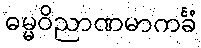
ဓမ္မဝိညာဏမာကင်္ခံ